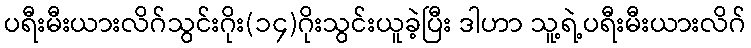
ပရီးမီးယားလိဂ်သွင်းဂိုး(၁၄)ဂိုးသွင်းယူခဲ့ပြီး ဒါဟာ သူ့ရဲ့ပရီးမီးယားလိဂ်